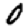
Digit: 0